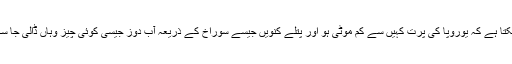
ہو سکتا ہے کہ یوروپا کی پرت کہیں سے کم موٹی ہو اور پتلے کنویں جیسے سوراخ کے ذریعہ آب دوز جیسی کوئی چیز وہاں ڈالی جا سکے۔